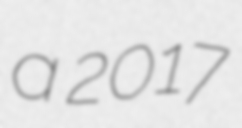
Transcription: a 2017